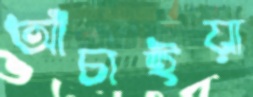
আঁচাইয়া